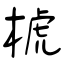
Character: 椃